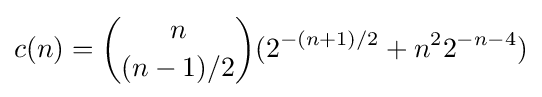
c(n)={n \choose (n-1)/2}(2^{-(n+1)/2}+n^{2}2^{-n-4})